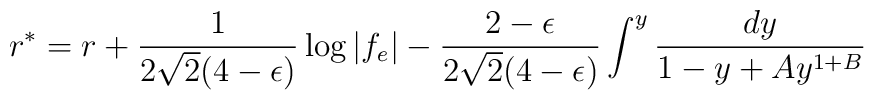
r^*= r + {1 \over 2 \sqrt 2(4-\epsilon)} \log |f_e|- {2-\epsilon \over 2 \sqrt 2 (4- \epsilon)} \int ^y {dy \over { 1- y +Ay^{1+ B}}}